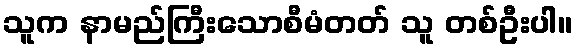
သူက နာမည်ကြီးသောစီမံတတ် သူ တစ်ဦးပါ။